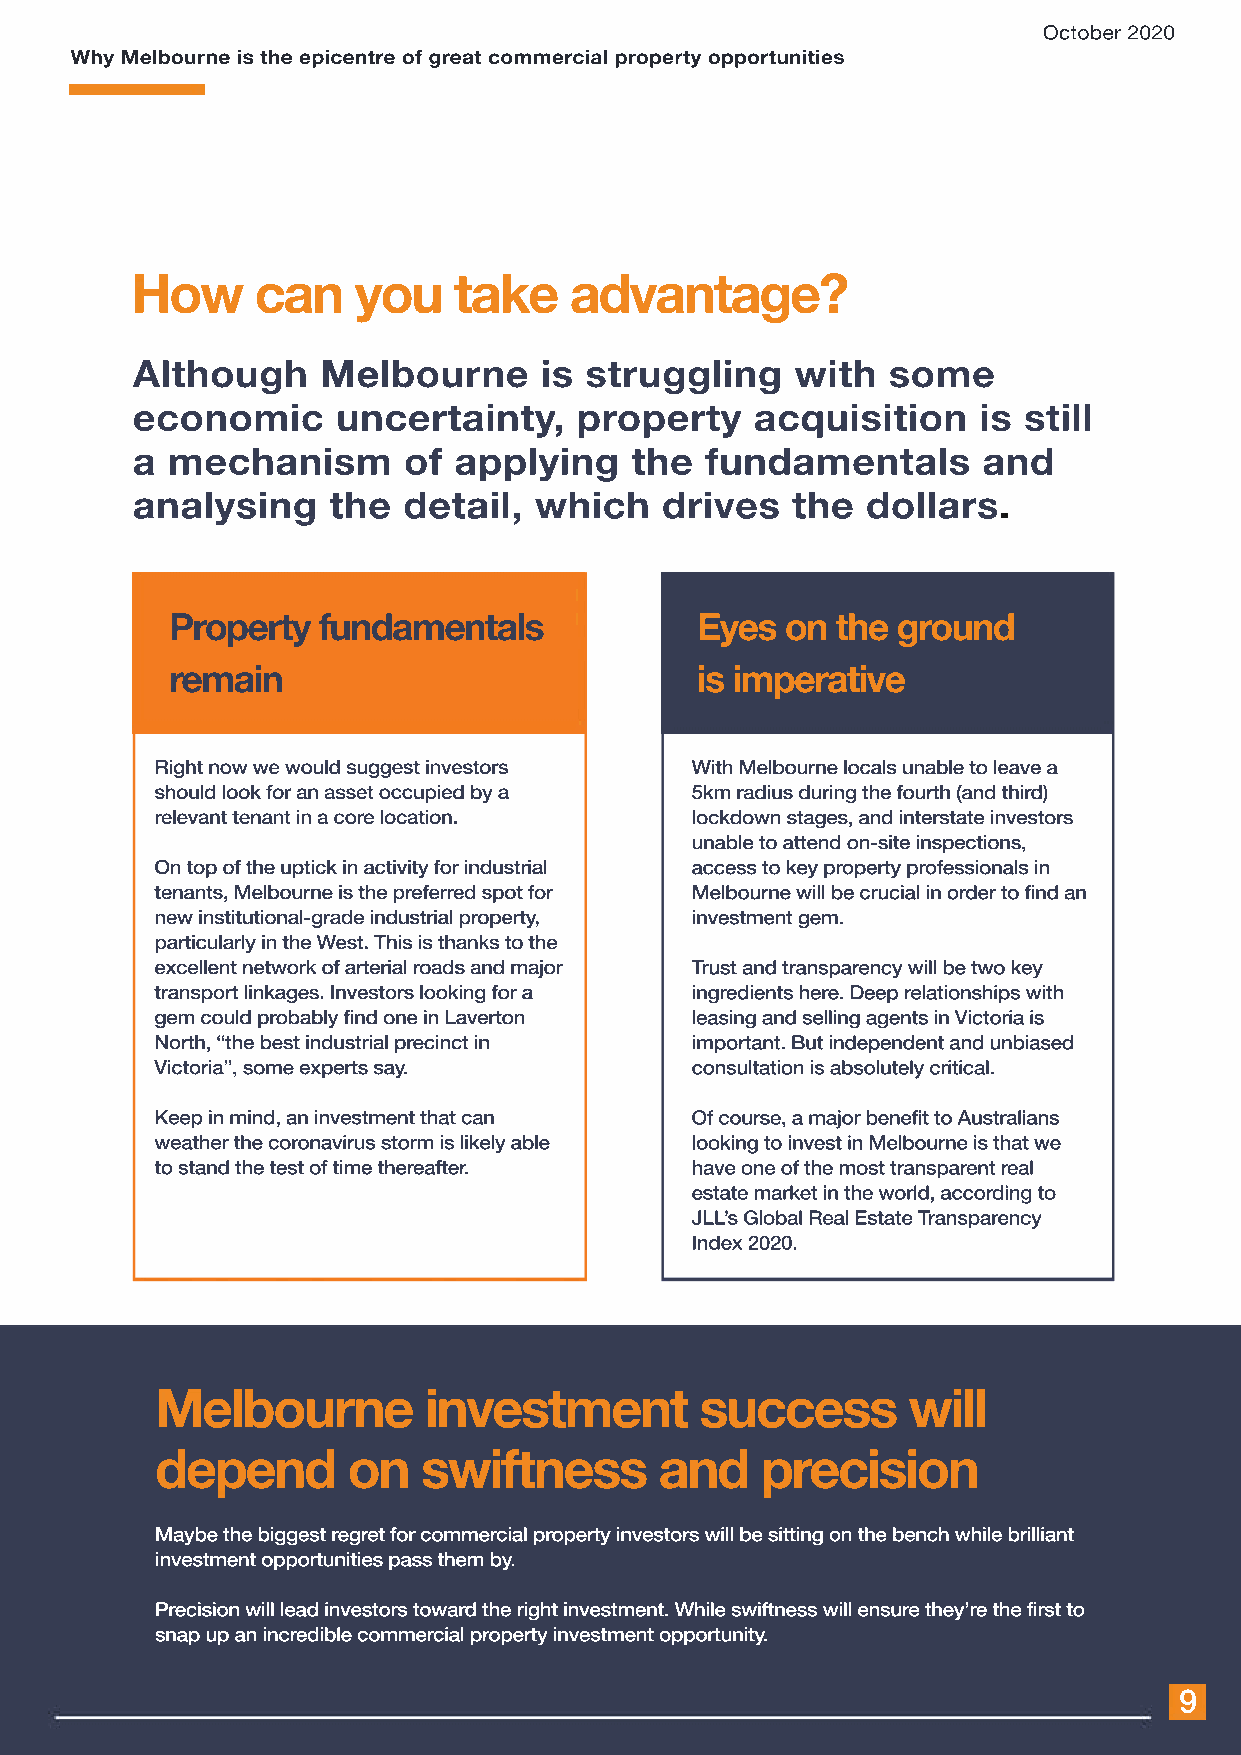
October 2020
 Why Melbourne is the epicentre of great commercial property opportunities
 How     can   you    take    advantage?
 Although    Melbourne      is struggling    with  some
 economic     uncertainty,    property    acquisition    is still
 a mechanism       of applying    the  fundamentals      and
 analysing    the  detail, which    drives  the  dollars.
 Property  fundamentals             Eyes  on the ground
 remain                             is imperative
 Right now we would suggest investors With Melbourne locals unable to leave a
 should look for an asset occupied by a 5km radius during the fourth (and third)
 relevant tenant in a core location. lockdown stages, and interstate investors
 unable to attend on-site inspections,
 OOnn ttoopp ooff tthhee uuppttiicckk iinn aaccttiivviittyy ffoorr iinndduussttrriiaall access to key property professionals in
 tenants, Melbourne is the preferred spot for Melbourne will be crucial in order to find an
 new institutional-grade industrial property, investment gem.
 particularly in the West. This is thanks to the
 excellent network of arterial roads and major TTrust and transparency will be two key
 transport linkages. Investors looking for a ingredients here. Deep relationships with
 gem could probably find one in Laverton leasing and selling agents in Victoria is
 NNoorrtthh,, ““tthhee bbeesstt iinndduussttrriiaall pprecinct in important. But independent and unbiased
 Victoria”, some experts say.        consultation is absolutely critical.
 Keep in mind, an investment that can OOff ccoouurrssee,, aa mmaajjoorr bbeenneeffiitt ttoo AAuussttrraalliiaannss
 weather the coronavirus storm is likely able looking to invest in Melbourne is that we
 to stand the test of time thereafter. have one of the most transparent real
 estate market in the world, according to
 JLL’s Global Real Estate Transparency
 Index 2020.
 Melbourne         investment        success       will
 depend       on   swiftness       and   precision
 Maybe the biggest regret for commercial property investors will be sitting on the bench while brilliant
 investment opportunities pass them by.
 Precision will lead investors toward the right investment. While swiftness will ensure they’re the first to
 snap up an incredible commercial property investment opportunity.
 9